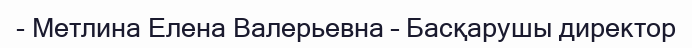
- Метлина Елена Валерьевна – Басқарушы директор